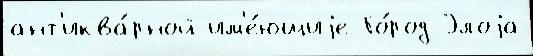
ант'иква́рной им'е́ющиjе Го́род Элоjа